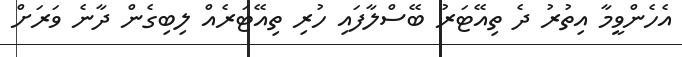
އެހެންވީމާ އިތުރު ދެ ތިއޭޓަރު ބޭސްލާފައި ހުރި ތިއޭޓަރެއް ލިބިގެން ދާނެ ވަރަށް